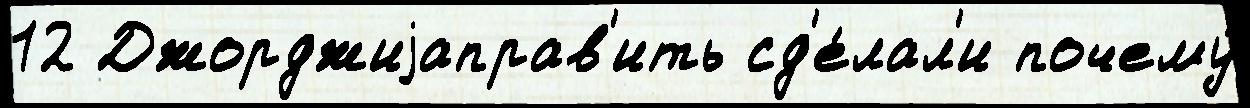
12 Джорджиjаправ'ить сд'е́лал'и почему́